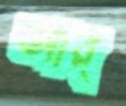
আর্